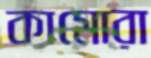
কামোরা